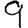
Digit: 9